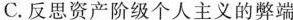
C.反思资产阶级个人主义的弊端